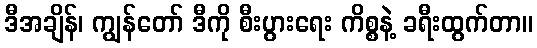
ဒီအချိန်၊ ကျွန်တော် ဒီကို စီးပွားရေး ကိစ္စနဲ့ ခရီးထွက်တာ။